Tartu_linnavalitsus, lk 30
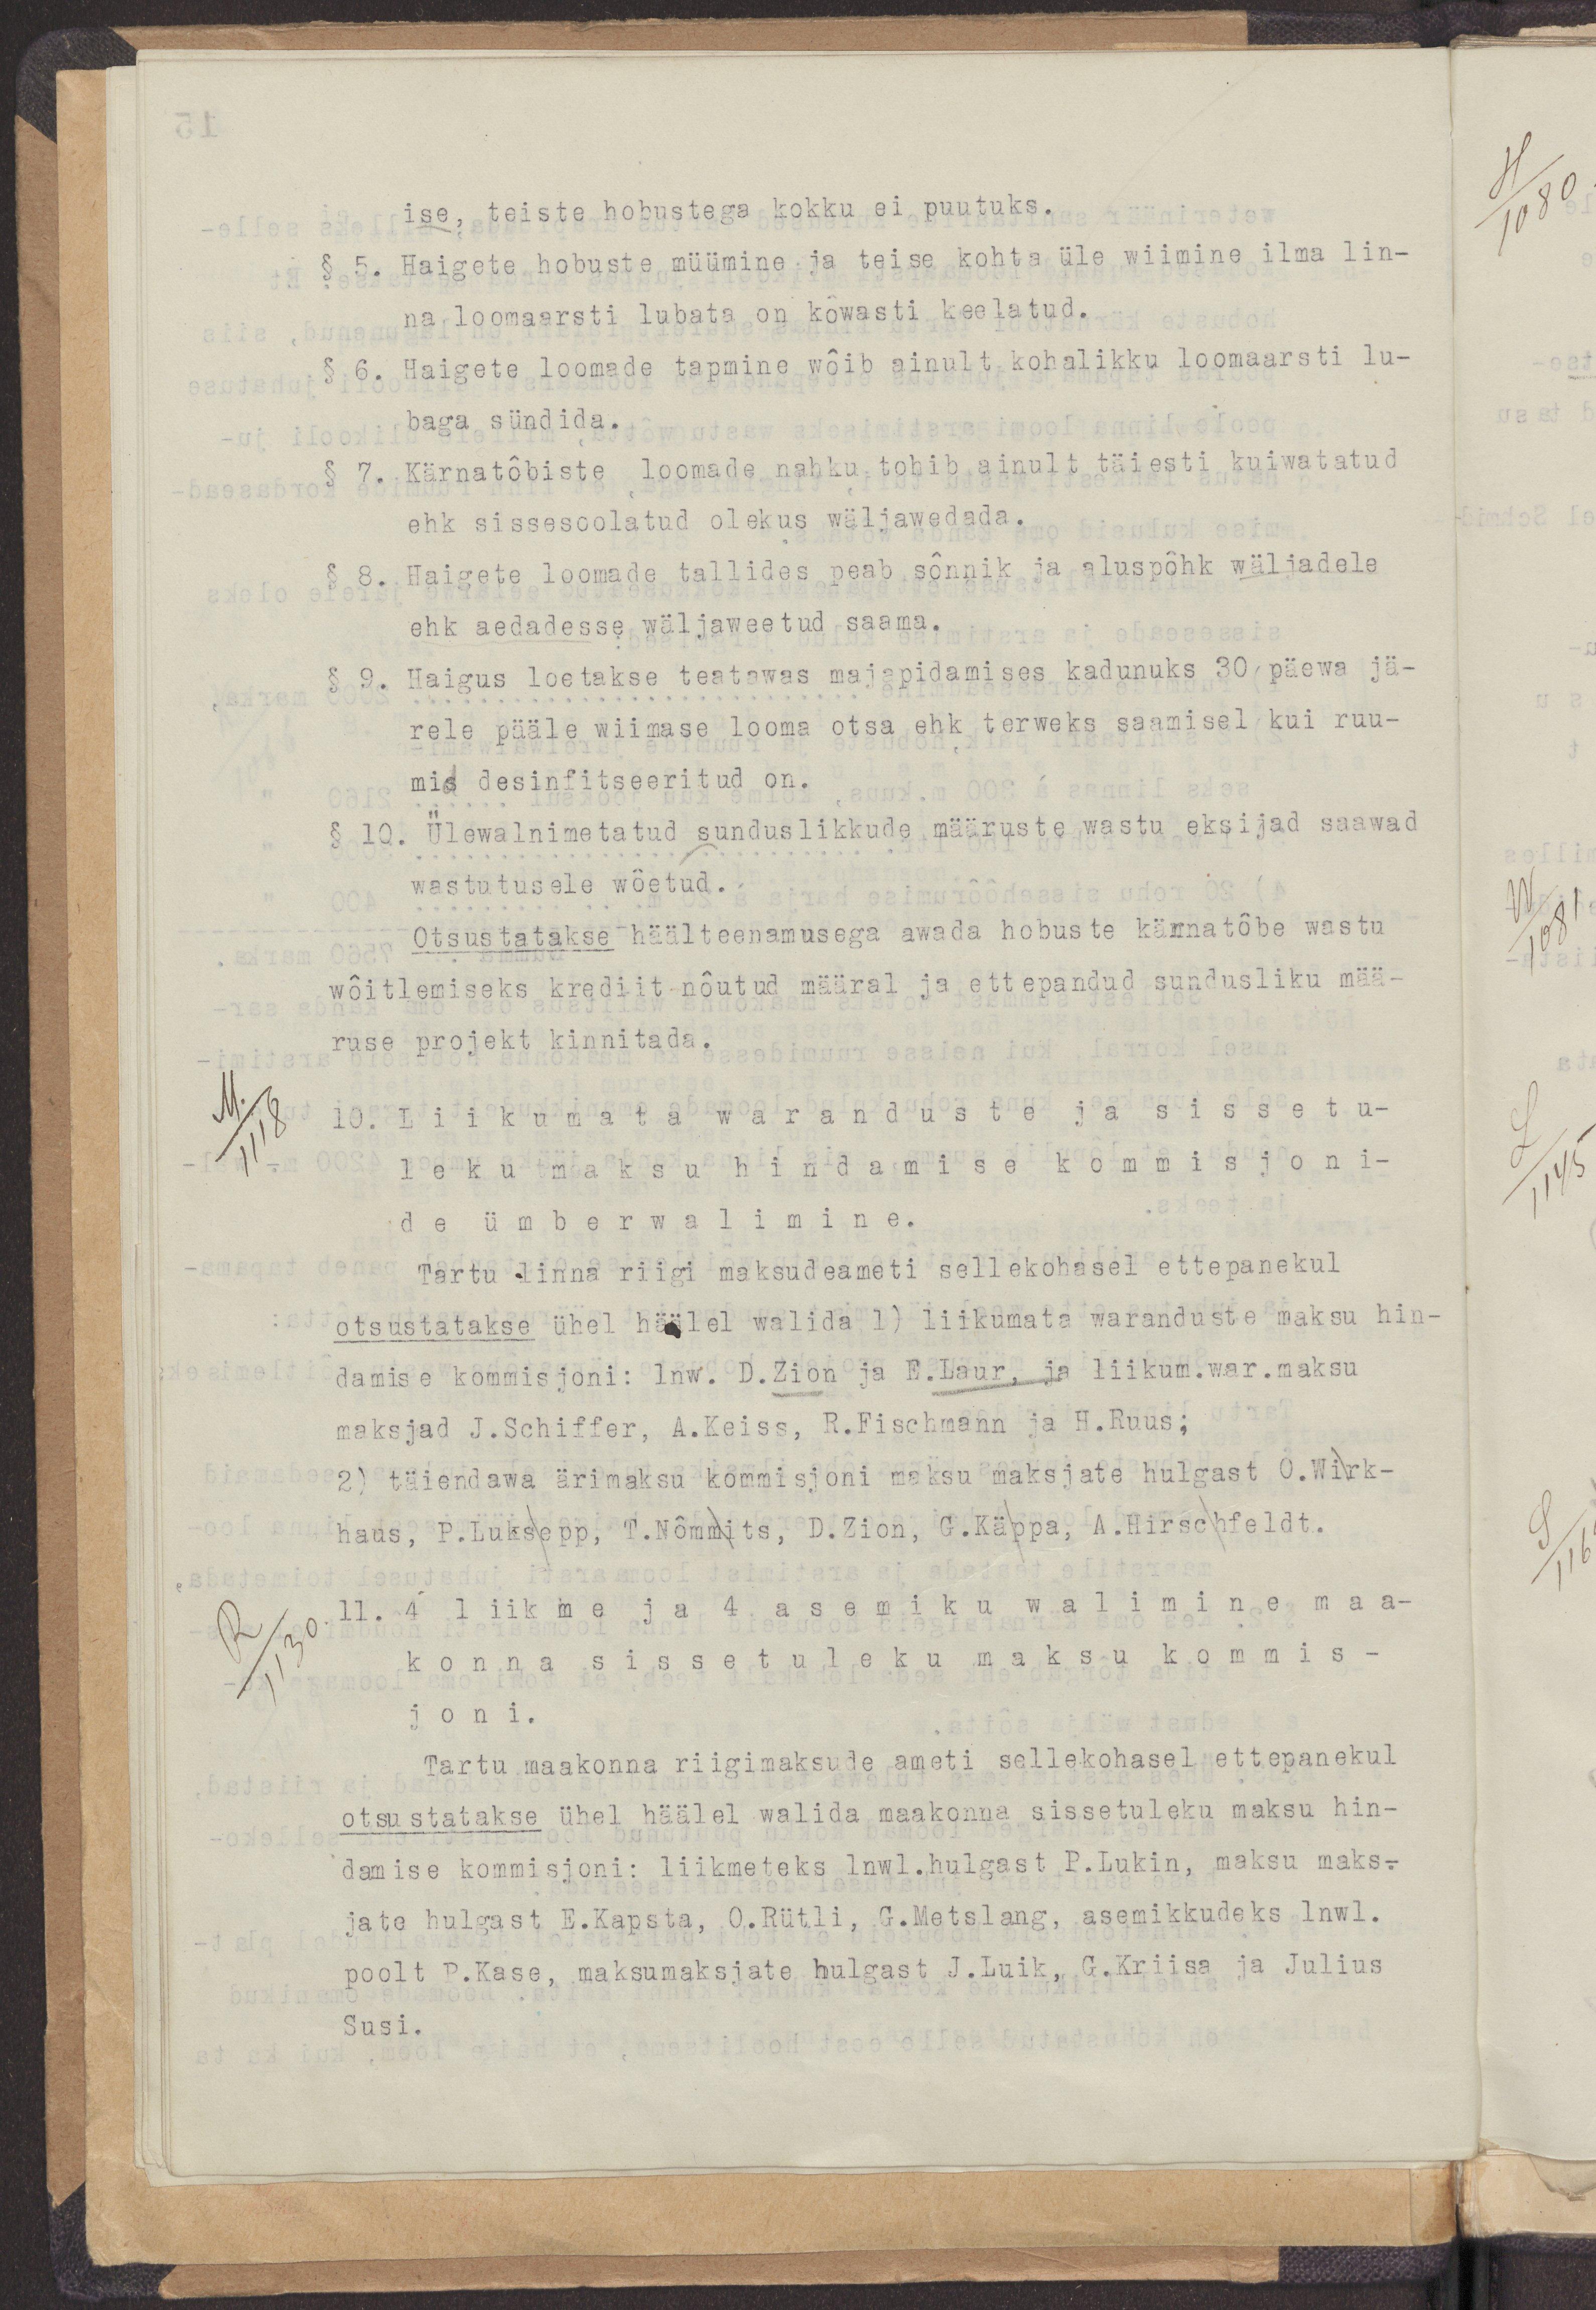
ise, teiste hobustega kokku ei puutuks.
§ 5. Haigete hobuste müümine ja teiste kohta üle wiimine ilma lin-
na loomaarsti lubata on kõwasti keelatud.
§ 6. Haigete loomade tapmine wõib ainult kohalikku loomaarsti lu-
baga sündida.
§ 7. Kärnatõbiste loomade nahku tohib ainult täiesti kuiwatatud
ehk sissesoolatud olekus wäljawedada.
§ 8. Haigete loomade tallides peab sõnnik ja aluspõhk wäljadele
ehk aedadesse wäljaweetud saama.
§ 9. Haigus loetakse teatawas majapidamises kadunuks 30 päewa jä-
rele pääle wiimase looma otsa ehk terweks saamisel kui ruu-
mis desinfitseeritud on.
§ 10. Ülewalnimetatud sunduslikkude määruste wastu eksijad saawad
wastutusele wõetud.
Otsustatakse häälteenamusega awada hobuste kärnatõbe wastu
wõitlemiseks krediit nõutud määral ja ettepandud sundusliku mää-
ruse projekt kinnitada.
10. Liikumata waranduste ja sissetu-
leku maksu hindamise kommisjoni-
de ümberwalimine.
Tartu linna riigi maksudeameti sellekohasel ettepanekul
otsustatakse ühel häälel walida 1) liikumata waranduste maksu hin-
damise kommisjoni: lnw. D.Zion ja E.Laur, ja liikum.war.maksu
maksjad J.Schiffer, A.Keiss, R.Fischmann ja H.Ruus;
2) täiendawa ärimaksu kommisjoni maksu maksjate hulgast O.Wirk-
haus, P.Luksepp, T.Nõmmits, D.Zion, G.Käppa, A.Hirschfeldt.
11. 4 liikme ja 4 asemiku walimine maa-
konna sissetuleku maksu kommis-
joni.
Tartu maakonna riigimaksude ameti sellekohasel ettepanekul
otsustatakse ühel häälel walida maakonna sissetuleku maksu hin-
damise kommisjoni: liikmeteks lnw.hulgast P.Lukin, maksu maks-
jate hulgast E.Kapsta, O.Rütli, G.Metslang, asemikkudeks lnwl.
poolt P.Kase, maksumaksjate hulgast J.Luik, G.Kriisa ja Julius
Susi.